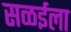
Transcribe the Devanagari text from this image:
सळईला